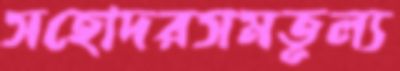
সহোদরসমতূল্য